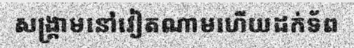
សង្គ្រាមនៅវៀតណាមហើយដក់ទ័ព